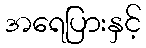
အရေပြားနှင့်